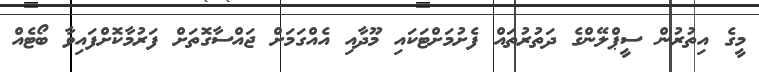
މީގެ އިތުރުން ސީޕްލޭންގެ ދަތުރުތައް ފެށުމަށްޓަކައި މޫދާއި އެއްގަމަށް ޖައްސާގޮތަށް ފަރުމާކޮށްފައިވާ ބޯޓެއް